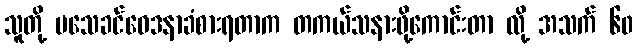
သူတို့ မသေခင်ဝေဒနာခံစားရတာက တကယ်သနားဖို့ကောင်းတာ လို့ အသက် ၆၀